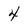
Character: 4